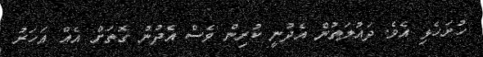
ހުށަހެޅި އެވެ. ދައުލަތުން އެދުނީ ކުރިން ވެސް އެދުނު ގޮތަށް އެއް އަހަރު